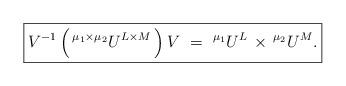
LaTeX: \begin{align*}\boxed{V^{-1} \, \Big( \, {}^{\mu_1 \times \mu_2}U^{L \times M} \, \Big) \, V \,\, = \,\, {}^{\mu_1}U^L \, \times \, {}^{\mu_2}U^M .} \end{align*}